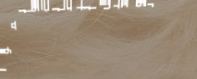
توصيل البقالة والمواد الغ